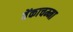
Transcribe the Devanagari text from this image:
वेंकाचम्मा